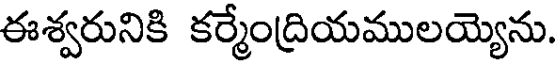
ఈశ్వరునికి కర్మేంద్రియములయ్యెను.